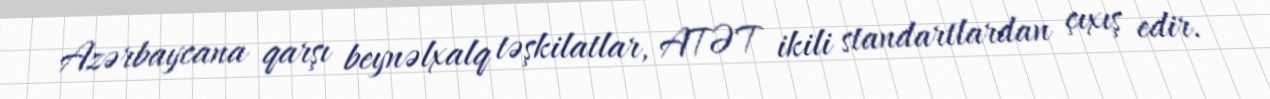
Azərbaycana qarşı beynəlxalq təşkilatlar, ATƏT ikili standartlardan çıxış edir.